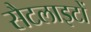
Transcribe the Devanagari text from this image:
सैटलाइटों